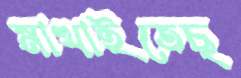
মাখাইতেছ